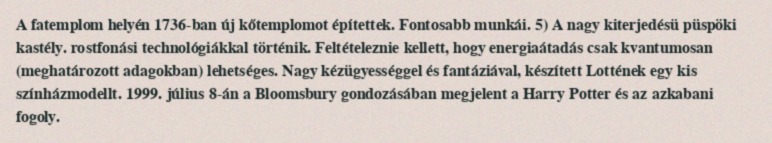
A fatemplom helyén 1736-ban új kőtemplomot építettek. Fontosabb munkái. 5) A nagy kiterjedésü püspöki kastély. rostfonási technológiákkal történik. Feltételeznie kellett, hogy energiaátadás csak kvantumosan (meghatározott adagokban) lehetséges. Nagy kézügyességgel és fantáziával, készített Lottének egy kis színházmodellt. 1999. július 8-án a Bloomsbury gondozásában megjelent a Harry Potter és az azkabani fogoly.